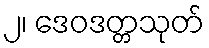
၂၊ ဒေဝဒတ္တသုတ်